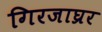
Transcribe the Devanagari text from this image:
गिरजाघ्रर